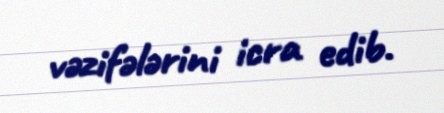
vəzifələrini icra edib.